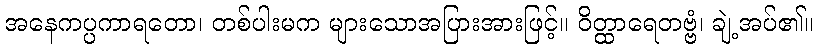
အနေကပ္ပကာရတော၊ တစ်ပါးမက များသောအပြားအားဖြင့်။ ဝိတ္ထာရေတဗ္ဗံ၊ ချဲ့အပ်၏။